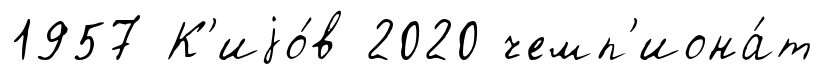
1957 К'иjо́в 2020 чемп'иона́т